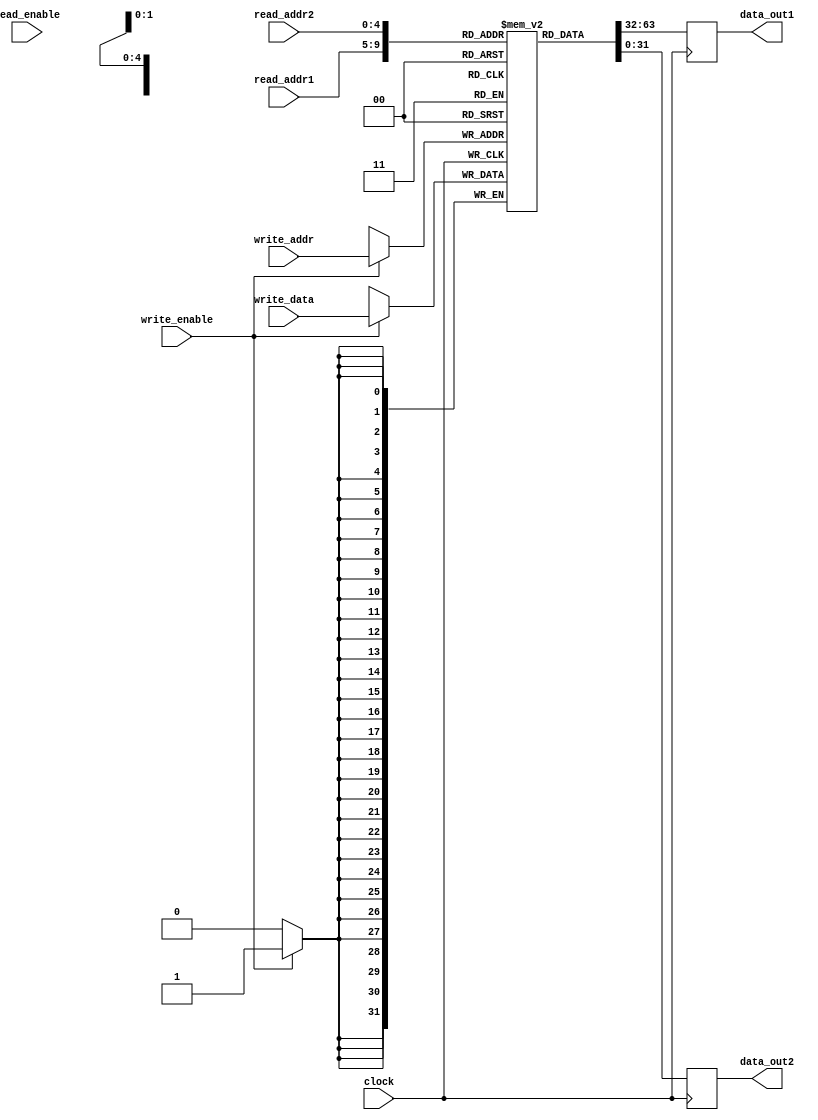
module Register_File(
    input [31:0] write_data,
    input [4:0] write_addr,
    input write_enable,
    input [4:0] read_addr1,
    input [4:0] read_addr2,
    input read_enable,
    input clock,
    output reg [31:0] data_out1,
    output reg [31:0] data_out2
);

reg [31:0] registers [0:31];

always @(posedge clock) begin
    if (write_enable)
        registers[write_addr] <= write_data;
    
    data_out1 <= registers[read_addr1];
    data_out2 <= registers[read_addr2];
end

endmodule